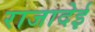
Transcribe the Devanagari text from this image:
राजादेई